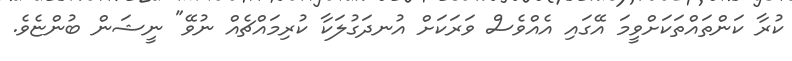
ކުރާ ކަންތައްތަކަށްވީމަ އޭގައި އެއްވެސް ވަރަކަށް އުނދަގުލަކާ ކުރިމައްޗެއް ނުވޭ" ނީޝަން ބުންޏެވެ.